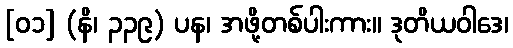
[၀၁] (နိ၊ ၃၃၉) ပန၊ အဖို့တစ်ပါးကား။ ဒုတိယဝါဒေ၊